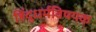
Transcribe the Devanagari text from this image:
हिंदुधर्मविषयक